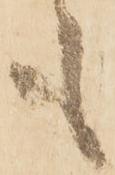
も